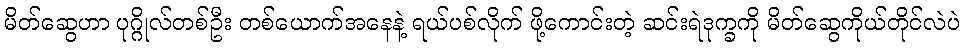
မိတ်ဆွေဟာ ပုဂ္ဂိုလ်တစ်ဦး တစ်ယောက်အနေနဲ့ ရယ်ပစ်လိုက် ဖို့ကောင်းတဲ့ ဆင်းရဲဒုက္ခကို မိတ်ဆွေကိုယ်တိုင်လဲပဲ